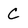
Character: C